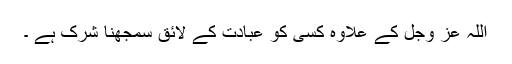
اللّٰہ عَزَّ وَجَلَّ کے علاوہ کسی کو عبادت کے لائق سمجھنا شِرک ہے ۔